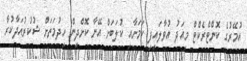
އުމޭރުގެ ކޮންޓްރެކްޓް މިއަދު އުވާލައިފި ކަމަށާއި ކުލަބަށް އޭނާ ކޮށްދިން ހިދުމަތަށް ޝުކުރުއަދާކުރާ